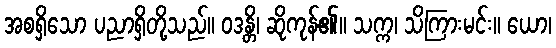
အစရှိသော ပညာရှိတို့သည်။ ဝဒန္တိ၊ ဆိုကုန်၏။ သက္က၊ သိကြားမင်း။ ယော၊